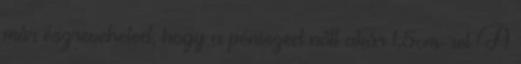
már észreveheted, hogy a péniszed nőtt akár 1,5cm-rel A